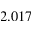
2 . 0 1 7